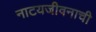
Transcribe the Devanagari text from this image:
नाटयजीवनाची